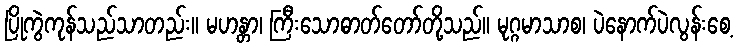
ပြိုကွဲကုန်သည်သာတည်း။ မဟန္တာ၊ ကြီးသောဓာတ်တော်တို့သည်။ မုဂ္ဂမာသာစ၊ ပဲနောက်ပဲလွန်းစေ့